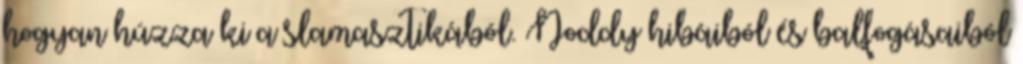
hogyan húzza ki a slamasztikából. Noddy hibáiból és balfogásaiból